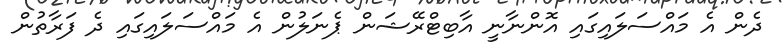
ދެން އެ މައްސަލައިގައި އޮންނާނީ އާބިޓްރޭޝަން ޕެނަލުން އެ މައްސަލައިގައި ދެ ފަރާތުން